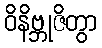
ဝိနိဗ္ဘုဇိတွာ